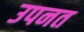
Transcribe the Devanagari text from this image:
उपनत